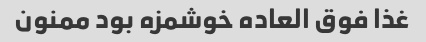
غذا فوق العاده خوشمزه بود ممنون